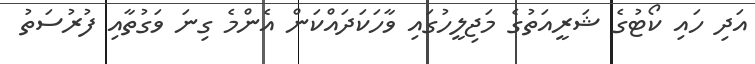
އަދި ހައި ކޯޓުގެ ޝަރީއަތުގެ މަޖިލީހުގައި ވާހަކަދައްކަން އެންމެ ގިނަ ވަގުތާއި ފުރުސަތު